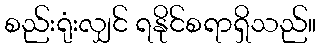
စည်းရုံးလျှင် ရနိုင်စရာရှိသည်။